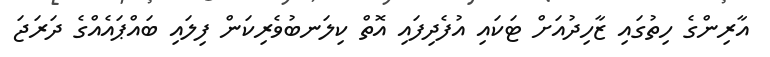
އާރިންގެ ހިތުގައި ޒާހިދުއަށް ޓަކައި އުފެދިފައި އޮތް ކިލަނބުވެރިކަން ފިލައި ބައްޕައެއްގެ ދަރަޖަ